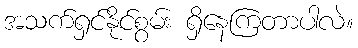
အသက်ရှင်နိုင်စွမ်း ရှိနေကြတာပါလဲ။